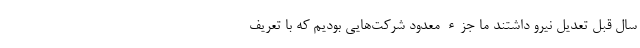
سال قبل تعدیل نیرو داشتند ما جزء معدود شرکت‌هایی بودیم که با تعریف